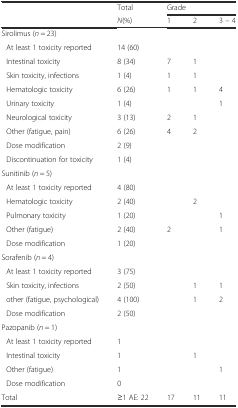
<table><thead><tr><td></td><td><b>Total</b></td><td colspan="3"><b>Grade</b></td></tr><tr><td></td><td><b><i>N</i>(%)</b></td><td><b>1</b></td><td><b>2</b></td><td><b>3 – 4</b></td></tr></thead><tbody><tr><td>Sirolimus (<i>n</i> = 23)</td><td></td><td></td><td></td><td></td></tr><tr><td>At least 1 toxicity reported</td><td>14 (60)</td><td></td><td></td><td></td></tr><tr><td>Intestinal toxicity</td><td>8 (34)</td><td>7</td><td>1</td><td></td></tr><tr><td>Skin toxicity, infections</td><td>1 (4)</td><td>1</td><td>1</td><td></td></tr><tr><td>Hematologic toxicity</td><td>6 (26)</td><td>1</td><td>1</td><td>4</td></tr><tr><td>Urinary toxicity</td><td>1 (4)</td><td></td><td></td><td>1</td></tr><tr><td>Neurological toxicity</td><td>3 (13)</td><td>2</td><td>1</td><td></td></tr><tr><td>Other (fatigue, pain)</td><td>6 (26)</td><td>4</td><td>2</td><td></td></tr><tr><td>Dose modification</td><td>2 (9)</td><td></td><td></td><td></td></tr><tr><td>Discontinuation for toxicity</td><td>1 (4)</td><td></td><td></td><td></td></tr><tr><td>Sunitinib (<i>n</i> = 5)</td><td></td><td></td><td></td><td></td></tr><tr><td>At least 1 toxicity reported</td><td>4 (80)</td><td></td><td></td><td></td></tr><tr><td>Hematologic toxicity</td><td>2 (40)</td><td></td><td>2</td><td></td></tr><tr><td>Pulmonary toxicity</td><td>1 (20)</td><td></td><td></td><td>1</td></tr><tr><td>Other (fatigue)</td><td>2 (40)</td><td>2</td><td></td><td>1</td></tr><tr><td>Dose modification</td><td>1 (20)</td><td></td><td></td><td></td></tr><tr><td>Sorafenib (<i>n</i> = 4)</td><td></td><td></td><td></td><td></td></tr><tr><td>At least 1 toxicity reported</td><td>3 (75)</td><td></td><td></td><td></td></tr><tr><td>Skin toxicity, infections</td><td>2 (50)</td><td></td><td>1</td><td>1</td></tr><tr><td>other (fatigue, psychological)</td><td>4 (100)</td><td></td><td>1</td><td>2</td></tr><tr><td>Dose modification</td><td>2 (50)</td><td></td><td></td><td></td></tr><tr><td>Pazopanib (<i>n</i> = 1)</td><td></td><td></td><td></td><td></td></tr><tr><td>At least 1 toxicity reported</td><td>1</td><td></td><td></td><td></td></tr><tr><td>Intestinal toxicity</td><td>1</td><td></td><td>1</td><td></td></tr><tr><td>Other (fatigue)</td><td>1</td><td></td><td></td><td>1</td></tr><tr><td>Dose modification</td><td>0</td><td></td><td></td><td></td></tr><tr><td>Total</td><td>≥1 AE: 22</td><td>17</td><td>11</td><td>11</td></tr></tbody></table>